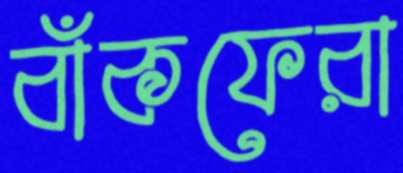
বাঁকফেরা